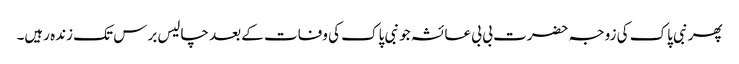
پھر نبی پاک کی زوجہ حضرت بی بی عائشہ جو نبی پاک کی وفات کے بعد چالیس برس تک زندہ رہیں۔